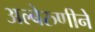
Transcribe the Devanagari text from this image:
अल्बेरुणीने